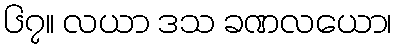
၆၇။ လယာ ဒသ ခဏလယော၊